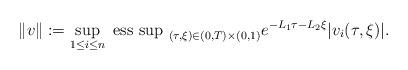
LaTeX: \begin{align*}\| v \| := \sup_{1 \le i \le n} \mbox{ ess sup }_{(\tau, \xi) \in (0, T) \times (0, 1)} e^{-L_1 \tau - L_2 \xi} |v_i(\tau, \xi)|.\end{align*}